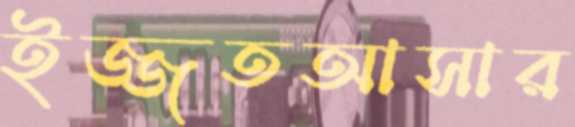
ইজ্জতআসার